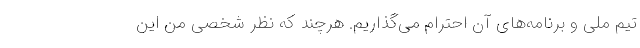
تیم ملی و برنامه‌های آن احترام می‌گذاریم. هرچند که نظر شخصی من این